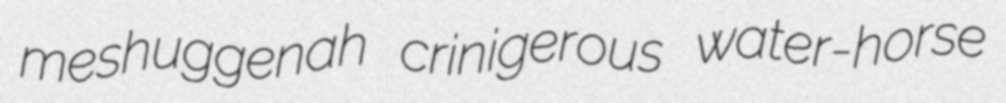
meshuggenah crinigerous water-horse